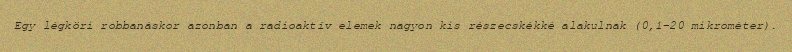
Egy légköri robbanáskor azonban a radioaktív elemek nagyon kis részecskékké alakulnak (0,1-20 mikrométer).